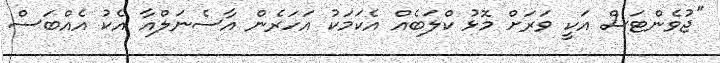
"ޖުވެންޓަސް އަކީ ވަރަށް މޮޅު ކްލަބެއް އެކަމަކު އަހަރެން އާސެނަލްއާ އެކު އެއްބަސް